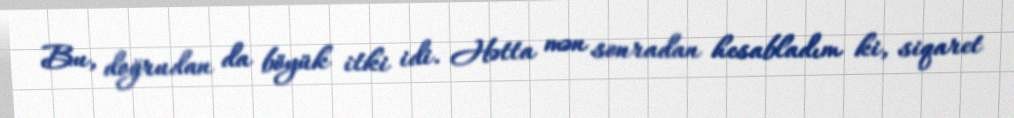
Bu, doğrudan da böyük itki idi. Hətta mən sonradan hesabladım ki, siqaret